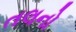
તલનો